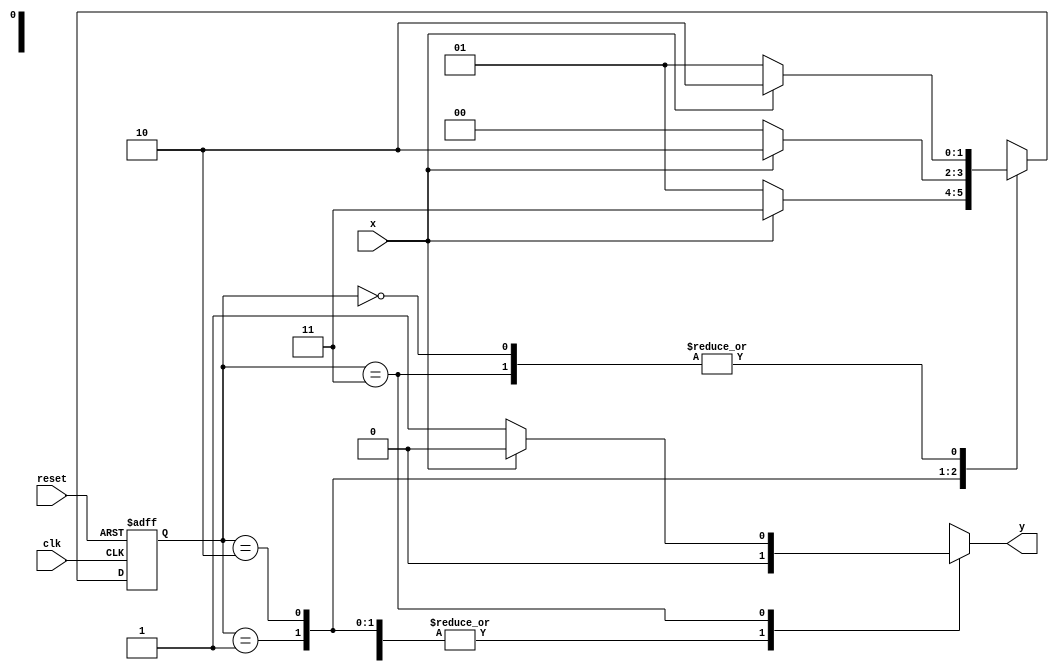
module sequence_detector(
    input clk,reset,x,
    output reg y
    );
reg y1;
parameter s0=3'b000;
parameter s1=3'b001;
parameter s2=3'b010;
parameter s3=3'b011;
parameter s4=3'b100;
parameter s5=3'b101;
parameter s6=3'b110;

reg [1:0]p_s;
reg [1:0]n_s;

always@(posedge reset,posedge clk)
begin
if(reset)
begin
p_s<=s0;
y1<=1'b0;
end
else
begin
p_s<=n_s;
y1<=y;
end
end
always@(p_s,x)
begin
case(p_s)
s0: 
if(x)
begin
n_s<=s2;
y<=1'b0;
end
else
begin
n_s<=s1;
y<=1'b0;
end
s1: 
if(x)
begin
n_s<=s3;
y<=1'b0;
end
else
begin
n_s<=s1;
y<=1'b0;
end
s2: 
if(x)
begin
n_s<=s2;
y<=1'b0;
end
else
begin
n_s<=s4;
y<=1'b0;
end
s3: 
if(x)
begin
n_s<=s2;
y<=1'b0;
end
else
begin
n_s<=s5;
y<=1'b1;
end
s4: 
if(x)
begin
n_s<=s3;
y<=1'b0;
end
else
begin
n_s<=s6;
y<=1'b0;
end
s5: 
if(x)
begin
n_s<=s3;
y<=1'b0;
end
else
begin
n_s<=s6;
y<=1'b0;
end
s6:
begin
y<=1'b0;
n_s<=s6;
end
endcase
end
endmodule